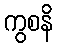
ကွစနိ